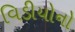
વિડીયોનો